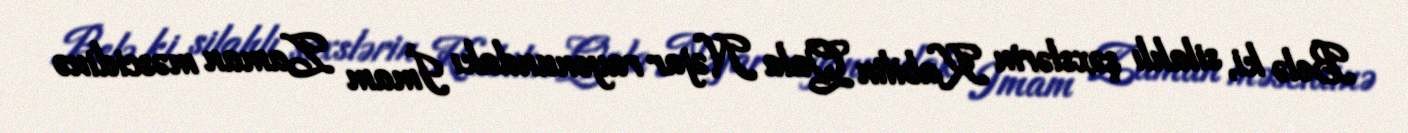
Belə ki, silahlı şəxslərin Kabilin Qala Nəjar rayonundakı İmam Zaman məscidinə